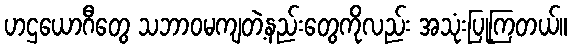
ဟဌယောဂီတွေ သဘာဝမကျတဲ့နည်းတွေကိုလည်း အသုံးပြုကြတယ်။